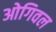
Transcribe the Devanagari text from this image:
ओगिवल